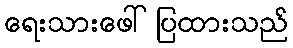
ရေးသားဖေါ်ပြထားသည်